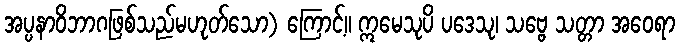
အပ္ပနာဝိဘာဂဖြစ်သည်မဟုတ်သော) ကြောင့်။ ဣမေသုပိ ပဒေသု၊ သဗ္ဗေ သတ္တာ အဝေရာ